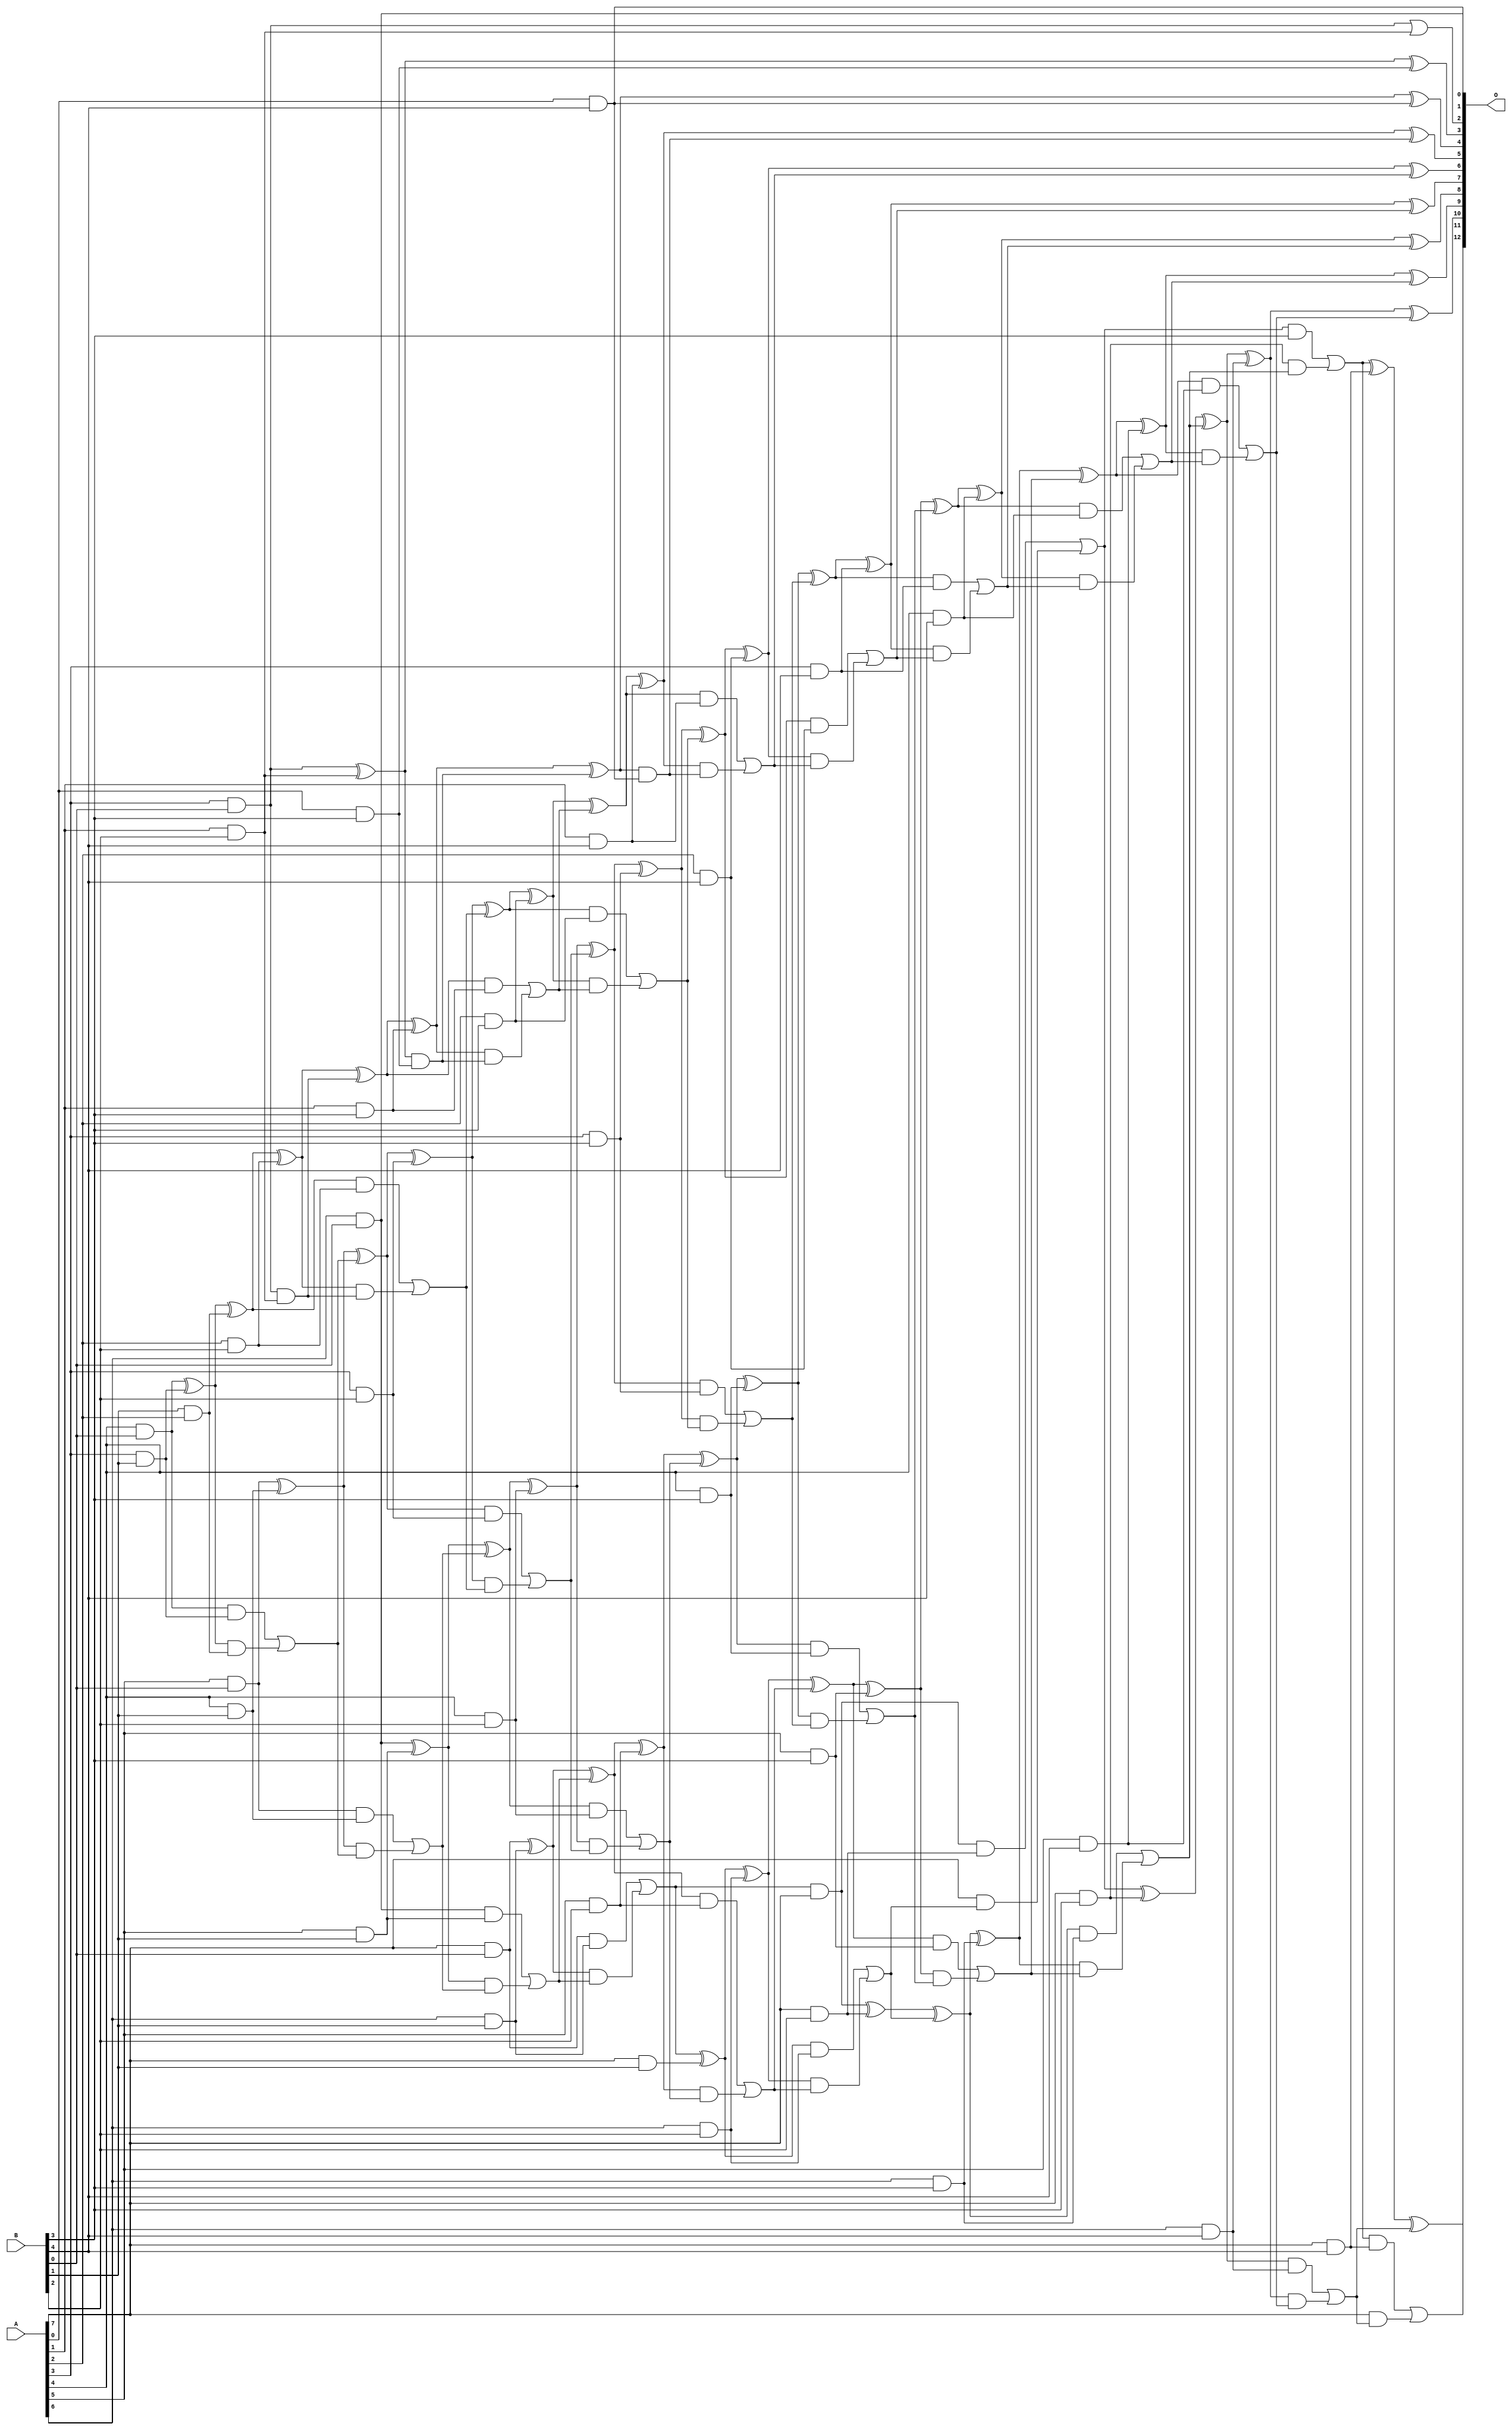
/***
* This code is a part of EvoApproxLib library (ehw.fit.vutbr.cz/approxlib) distributed under The MIT License.
* When used, please cite the following article(s): V. Mrazek, L. Sekanina, Z. Vasicek "Libraries of Approximate Circuits: Automated Design and Application in CNN Accelerators" IEEE Journal on Emerging and Selected Topics in Circuits and Systems, Vol 10, No 4, 2020 
* This file contains a circuit from a sub-set of pareto optimal circuits with respect to the pwr and mae parameters
***/
// MAE% = 0.035 %
// MAE = 2.9 
// WCE% = 0.11 %
// WCE = 9.0 
// WCRE% = 100.00 %
// EP% = 75.98 %
// MRE% = 0.98 %
// MSE = 15 
// PDK45_PWR = 0.176 mW
// PDK45_AREA = 357.6 um2
// PDK45_DELAY = 1.13 ns

module mul8x5u_59A (
    A,
    B,
    O
);

input [7:0] A;
input [4:0] B;
output [12:0] O;

wire sig_16,sig_17,sig_18,sig_19,sig_20,sig_24,sig_25,sig_26,sig_27,sig_28,sig_30,sig_32,sig_41,sig_43,sig_44,sig_45,sig_46,sig_47,sig_48,sig_49;
wire sig_50,sig_51,sig_52,sig_53,sig_54,sig_55,sig_56,sig_57,sig_58,sig_59,sig_60,sig_61,sig_62,sig_64,sig_65,sig_66,sig_67,sig_68,sig_69,sig_70;
wire sig_72,sig_73,sig_74,sig_78,sig_79,sig_80,sig_81,sig_82,sig_83,sig_84,sig_85,sig_86,sig_87,sig_88,sig_89,sig_90,sig_91,sig_92,sig_93,sig_94;
wire sig_95,sig_96,sig_97,sig_98,sig_99,sig_100,sig_101,sig_102,sig_103,sig_104,sig_105,sig_106,sig_107,sig_108,sig_109,sig_110,sig_111,sig_112,sig_113,sig_114;
wire sig_115,sig_116,sig_117,sig_118,sig_119,sig_120,sig_121,sig_122,sig_123,sig_124,sig_125,sig_126,sig_127,sig_128,sig_129,sig_130,sig_131,sig_132,sig_133,sig_134;
wire sig_135,sig_136,sig_137,sig_138,sig_139,sig_140,sig_141,sig_142,sig_143,sig_144,sig_145,sig_146,sig_147,sig_148,sig_149,sig_150,sig_151,sig_152,sig_153,sig_154;
wire sig_155,sig_156,sig_157,sig_158,sig_159,sig_160,sig_161,sig_162,sig_163,sig_164,sig_165,sig_166,sig_167,sig_168,sig_169,sig_170,sig_171,sig_172,sig_173,sig_174;
wire sig_175,sig_176,sig_177,sig_178,sig_179,sig_180,sig_181,sig_182,sig_183,sig_184,sig_185,sig_186,sig_187,sig_188,sig_189,sig_190,sig_191,sig_192,sig_193,sig_194;
wire sig_195,sig_196,sig_197;

assign sig_16 = A[3] & B[0];
assign sig_17 = A[4] & B[0];
assign sig_18 = A[5] & B[0];
assign sig_19 = A[6] & B[0];
assign sig_20 = A[7] & B[0];
assign sig_24 = A[3] & B[1];
assign sig_25 = A[4] & B[1];
assign sig_26 = A[5] & B[1];
assign sig_27 = A[6] & B[1];
assign sig_28 = A[7] & B[1];
assign sig_30 = sig_17 & sig_24;
assign sig_32 = B[1] & A[2];
assign sig_41 = sig_17 ^ sig_24;
assign sig_43 = sig_41 & sig_32;
assign sig_44 = sig_41 ^ sig_32;
assign sig_45 = sig_30 | sig_43;
assign sig_46 = sig_18 ^ sig_25;
assign sig_47 = sig_18 & sig_25;
assign sig_48 = sig_46 & sig_45;
assign sig_49 = sig_46 ^ sig_45;
assign sig_50 = sig_47 | sig_48;
assign sig_51 = sig_19 ^ sig_26;
assign sig_52 = sig_19 & sig_26;
assign sig_53 = sig_51 & sig_50;
assign sig_54 = sig_51 ^ sig_50;
assign sig_55 = sig_52 | sig_53;
assign sig_56 = sig_20 ^ sig_27;
assign sig_57 = sig_20 & sig_27;
assign sig_58 = sig_56 & sig_55;
assign sig_59 = sig_56 ^ sig_55;
assign sig_60 = sig_57 | sig_58;
assign sig_61 = sig_60 & A[7];
assign sig_62 = sig_60 ^ sig_28;
assign sig_64 = A[1] & B[2];
assign sig_65 = A[2] & B[2];
assign sig_66 = A[3] & B[2];
assign sig_67 = A[4] & B[2];
assign sig_68 = A[5] & B[2];
assign sig_69 = A[6] & B[2];
assign sig_70 = A[7] & B[2];
assign sig_72 = sig_16 | sig_64;
assign sig_73 = sig_16 ^ sig_64;
assign sig_74 = sig_16 & sig_64;
assign sig_78 = sig_44 ^ sig_65;
assign sig_79 = sig_44 & sig_65;
assign sig_80 = sig_78 & sig_74;
assign sig_81 = sig_78 ^ sig_74;
assign sig_82 = sig_79 | sig_80;
assign sig_83 = sig_49 ^ sig_66;
assign sig_84 = sig_49 & sig_66;
assign sig_85 = sig_83 & sig_82;
assign sig_86 = sig_83 ^ sig_82;
assign sig_87 = sig_84 | sig_85;
assign sig_88 = sig_54 ^ sig_67;
assign sig_89 = sig_54 & sig_67;
assign sig_90 = sig_88 & sig_87;
assign sig_91 = sig_88 ^ sig_87;
assign sig_92 = sig_89 | sig_90;
assign sig_93 = sig_59 ^ sig_68;
assign sig_94 = sig_59 & sig_68;
assign sig_95 = sig_93 & sig_92;
assign sig_96 = sig_93 ^ sig_92;
assign sig_97 = sig_94 | sig_95;
assign sig_98 = sig_62 ^ sig_69;
assign sig_99 = sig_62 & sig_69;
assign sig_100 = sig_98 & sig_97;
assign sig_101 = sig_98 ^ sig_97;
assign sig_102 = sig_99 | sig_100;
assign sig_103 = sig_61 ^ sig_70;
assign sig_104 = sig_61 & sig_70;
assign sig_105 = A[7] & sig_102;
assign sig_106 = sig_103 ^ sig_102;
assign sig_107 = sig_104 | sig_105;
assign sig_108 = A[0] & B[3];
assign sig_109 = A[1] & B[3];
assign sig_110 = A[2] & B[3];
assign sig_111 = A[3] & B[3];
assign sig_112 = A[4] & B[3];
assign sig_113 = A[5] & B[3];
assign sig_114 = A[6] & B[3];
assign sig_115 = A[7] & B[3];
assign sig_116 = sig_73 & sig_108;
assign sig_117 = sig_73 ^ sig_108;
assign sig_118 = sig_81 ^ sig_109;
assign sig_119 = sig_81 & sig_109;
assign sig_120 = sig_118 & sig_116;
assign sig_121 = sig_118 ^ sig_116;
assign sig_122 = sig_119 | sig_120;
assign sig_123 = sig_86 ^ sig_110;
assign sig_124 = sig_86 & sig_110;
assign sig_125 = sig_123 & sig_122;
assign sig_126 = sig_123 ^ sig_122;
assign sig_127 = sig_124 | sig_125;
assign sig_128 = sig_91 ^ sig_111;
assign sig_129 = sig_91 & sig_111;
assign sig_130 = sig_128 & sig_127;
assign sig_131 = sig_128 ^ sig_127;
assign sig_132 = sig_129 | sig_130;
assign sig_133 = sig_96 ^ sig_112;
assign sig_134 = sig_96 & sig_112;
assign sig_135 = sig_133 & sig_132;
assign sig_136 = sig_133 ^ sig_132;
assign sig_137 = sig_134 | sig_135;
assign sig_138 = sig_101 ^ sig_113;
assign sig_139 = sig_101 & sig_113;
assign sig_140 = sig_138 & sig_137;
assign sig_141 = sig_138 ^ sig_137;
assign sig_142 = sig_139 | sig_140;
assign sig_143 = sig_106 ^ sig_114;
assign sig_144 = sig_106 & sig_114;
assign sig_145 = sig_143 & sig_142;
assign sig_146 = sig_143 ^ sig_142;
assign sig_147 = sig_144 | sig_145;
assign sig_148 = sig_107 ^ sig_115;
assign sig_149 = sig_107 & B[3];
assign sig_150 = sig_115 & sig_147;
assign sig_151 = sig_148 ^ sig_147;
assign sig_152 = sig_149 | sig_150;
assign sig_153 = A[0] & B[4];
assign sig_154 = A[1] & B[4];
assign sig_155 = A[2] & B[4];
assign sig_156 = A[3] & B[4];
assign sig_157 = A[4] & B[4];
assign sig_158 = A[5] & B[4];
assign sig_159 = A[6] & B[4];
assign sig_160 = A[7] & B[4];
assign sig_161 = sig_121 & sig_153;
assign sig_162 = sig_121 ^ sig_153;
assign sig_163 = sig_126 ^ sig_154;
assign sig_164 = sig_126 & sig_154;
assign sig_165 = sig_163 & sig_161;
assign sig_166 = sig_163 ^ sig_161;
assign sig_167 = sig_164 | sig_165;
assign sig_168 = sig_131 ^ sig_155;
assign sig_169 = sig_131 & sig_155;
assign sig_170 = sig_168 & sig_167;
assign sig_171 = sig_168 ^ sig_167;
assign sig_172 = sig_169 | sig_170;
assign sig_173 = sig_136 ^ sig_156;
assign sig_174 = sig_136 & sig_156;
assign sig_175 = sig_173 & sig_172;
assign sig_176 = sig_173 ^ sig_172;
assign sig_177 = sig_174 | sig_175;
assign sig_178 = sig_141 ^ sig_157;
assign sig_179 = sig_141 & sig_157;
assign sig_180 = sig_178 & sig_177;
assign sig_181 = sig_178 ^ sig_177;
assign sig_182 = sig_179 | sig_180;
assign sig_183 = sig_146 ^ sig_158;
assign sig_184 = sig_146 & sig_158;
assign sig_185 = sig_183 & sig_182;
assign sig_186 = sig_183 ^ sig_182;
assign sig_187 = sig_184 | sig_185;
assign sig_188 = sig_151 ^ sig_159;
assign sig_189 = sig_151 & sig_159;
assign sig_190 = sig_188 & sig_187;
assign sig_191 = sig_188 ^ sig_187;
assign sig_192 = sig_189 | sig_190;
assign sig_193 = sig_152 ^ sig_160;
assign sig_194 = sig_152 & sig_160;
assign sig_195 = A[7] & sig_192;
assign sig_196 = sig_193 ^ sig_192;
assign sig_197 = sig_194 | sig_195;

assign O[12] = sig_197;
assign O[11] = sig_196;
assign O[10] = sig_191;
assign O[9] = sig_186;
assign O[8] = sig_181;
assign O[7] = sig_176;
assign O[6] = sig_171;
assign O[5] = sig_166;
assign O[4] = sig_162;
assign O[3] = sig_117;
assign O[2] = sig_72;
assign O[1] = sig_153;
assign O[0] = sig_19;

endmodule